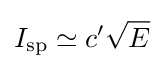
I_{\text{sp}}\simeq c'{\sqrt {E}}